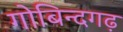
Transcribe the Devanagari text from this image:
गोबिन्दगढ़